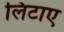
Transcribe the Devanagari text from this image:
लिटाए